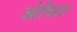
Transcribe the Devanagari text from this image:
ओदिशा